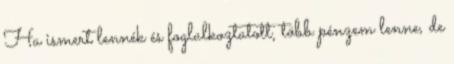
Ha ismert lennék és foglalkoztatott, több pénzem lenne, de